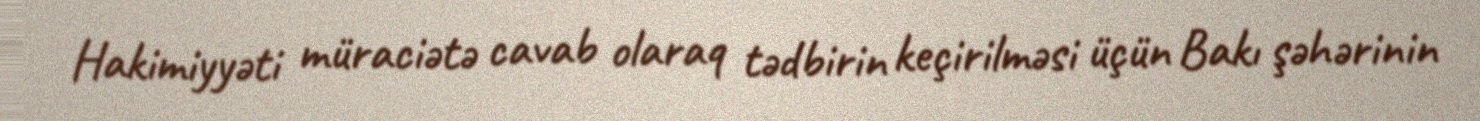
Hakimiyyəti müraciətə cavab olaraq tədbirin keçirilməsi üçün Bakı şəhərinin